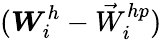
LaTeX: (\boldsymbol{W}_{i}^{h}-{\vec{W}}_{i}^{hp})